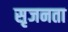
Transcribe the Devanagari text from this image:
सृजनता